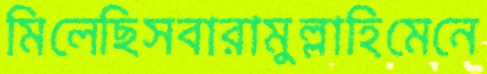
মিলেছিসবারামুল্লাহিমেনে